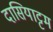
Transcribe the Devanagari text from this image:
दासियाट्टम